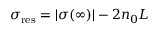
\sigma _ { \mathrm { r e s } } = | \sigma ( \infty ) | - 2 n _ { 0 } L